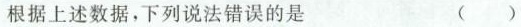
根据上述数据，下列说法错误的是 ( )